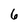
Character: 6